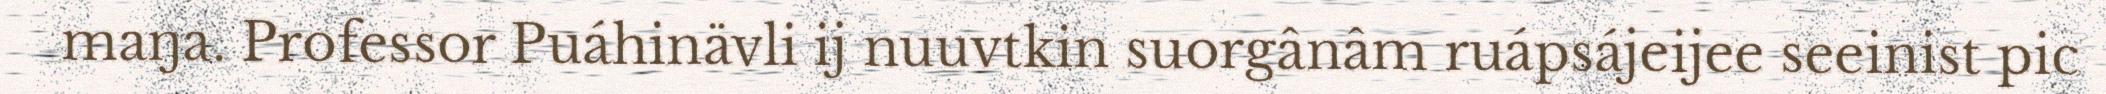
maŋa. Professor Puáhinävli ij nuuvtkin suorgânâm ruápsájeijee seeinist pic